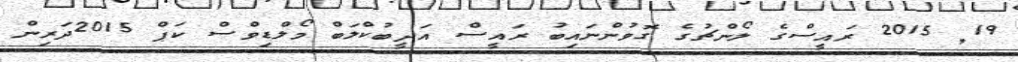
19